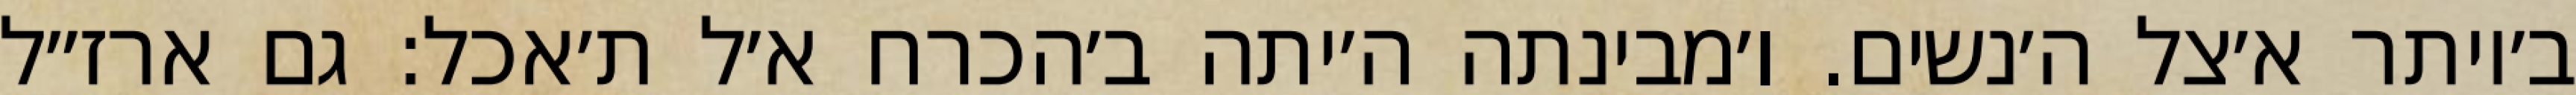
ב׳יותר א׳צל ה׳נשים. ו׳מבינתה ה׳יתה ב׳הכרח א׳ל ת׳אכל: גם ארז״ל